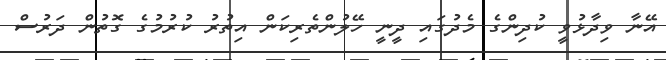
އޭނާ ވިދާޅުވީ ކުދިންގެ މެދުގައި ދީނީ ހޭލުންތެރިކަން އިތުރު ކުރުމުގެ ގޮތުން ދަރުސް